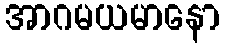
အာဂမယမာနော